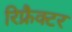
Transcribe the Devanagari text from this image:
रिफ्रैक्टर